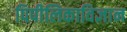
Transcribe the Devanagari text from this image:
पिपीलिकाविज्ञान